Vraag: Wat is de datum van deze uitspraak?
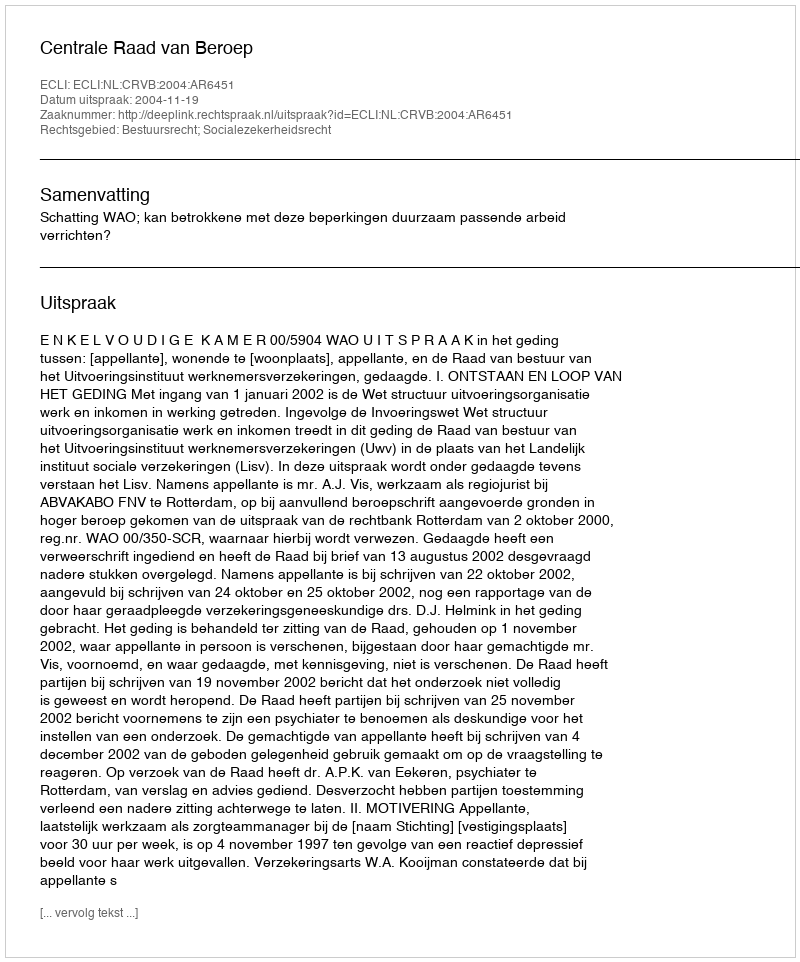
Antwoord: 2004-11-19